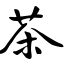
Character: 茶